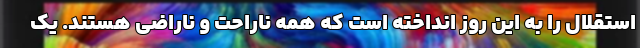
استقلال را به این روز انداخته است که همه ناراحت و ناراضی هستند. یک